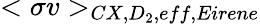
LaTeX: <\sigma v>_{CX,D_{2},eff,Eirene}